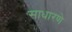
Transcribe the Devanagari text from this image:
साधारणे